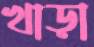
খাড়া